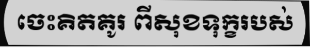
ចេះគិតគូរ ពីសុខទុក្ខរបស់